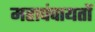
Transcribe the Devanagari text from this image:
महापंचायतों